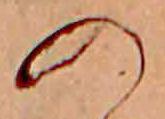
の